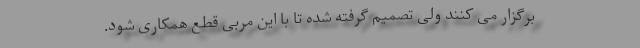
برگزار می کنند ولی تصمیم گرفته شده تا با این مربی قطع همکاری شود.